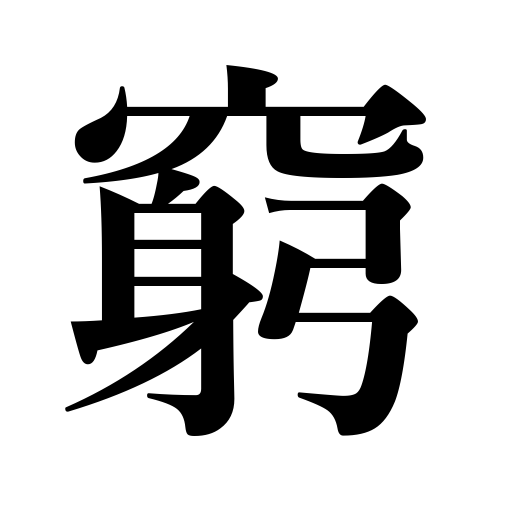
Meanings: be perplexed,investigate thoroly,be in a dilemma,carry to extremes,suffer,be destitute,be cornered